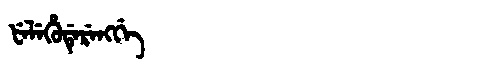
Manchu: ᡶᡝᠯᡝᡥᡠᡩᡝᡵᡝᠩᡤᡝ
Romanization: FELEHUDERENGGE